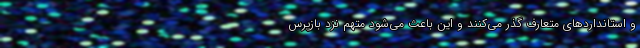
و استانداردهای متعارف گذر می‌کنند و این باعث می‌شود متهم نزد بازپرس